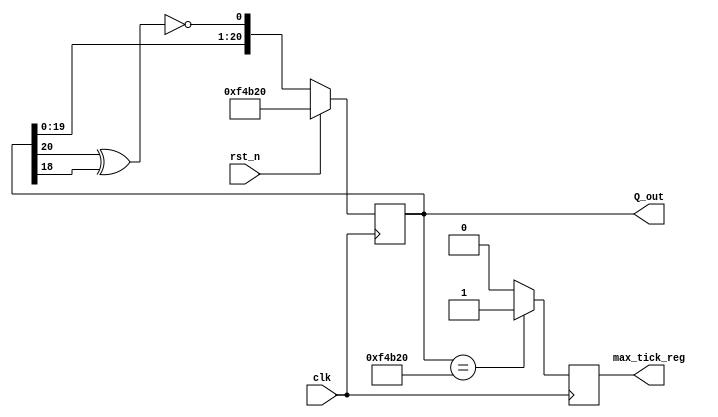
`timescale 1ns / 1ps

module lfsr #(
    parameter seed = 21'b11110100101100100000
//    parameter seed = 21'b111111111111111111111// forbidden value
//    parameter seed = 21'b00000000000000000000
//    parameter seed = 21'b111100100000
//    parameter seed = 21'b1100000
//    parameter seed = 21'b111101
//    parameter seed = 21'b1100001111
//    parameter seed = 21'b1110000001100100000
//    parameter seed = 21'b1111010100100000
//    parameter seed = 21'b1100101100100000
    )
    (
    input clk, rst_n,
    output [20:0] Q_out,
    output reg max_tick_reg
    //output wire y1, 
    //output wire [15:0] c1
    );
    //localparam seed = given_seed; 
   // reg counter;
    reg [20:0] Q_state;
    wire [20:0] Q_ns;
    wire Q_fb;//, count0s, count1s;
   // wire copy_max_tick_reg;
    /*initial
    begin
     max_tick_reg = 15'b0;
    end*/
    
     always @ (posedge clk) //positive edge triggered
        begin
        if (rst_n)//!rst_n)//|| max_tick_reg == 15'b111111111111111) //initial setting or all interations of lfsr over
            begin //starting or restarting the lfsr
            Q_state <= seed; 
           // max_tick_reg <= 21'b0;
            end
        else //if (sh_en) //from the format in the slides
            begin  //making new states
            Q_state <= Q_ns; //non-blocking assignment
            //if (Q_state == seed)max_tick_reg = 15'b1;
            end
        end

    assign Q_fb = ~(Q_state[20] ^ Q_state[18]); //from the xilinx pdf
    assign Q_ns = {Q_state[19:0], Q_fb}; // new state generation 
    assign Q_out = Q_state; //output
    //advanced a(Q_state[15],clk,rst_n,max_tick_reg,count0s,count1s);
    //unsuccesful - advanced 
    
    always @ (posedge clk) //to check if the current Q state is == seed and adjust
    //the value of max_tick_reg accordingly
    begin
        if (Q_out == seed)max_tick_reg = 1;
        else max_tick_reg = 0;
    end
    //assign copy_max_tick_reg = max_tick_reg;
    //fsm DUT_fsm(.clk(clk),.reset(rst_n),.lfsr_bit(Q_state[20]),.y(y1),.c(c1),.mtr_bit(copy_max_tick_reg));
    
endmodule